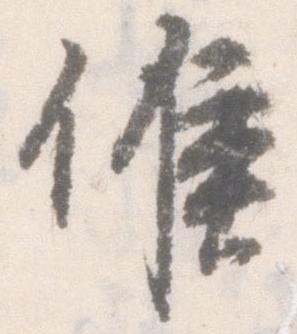
候